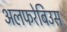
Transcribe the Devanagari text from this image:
अलफरेबिउस